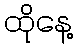
ထိုနေ့